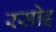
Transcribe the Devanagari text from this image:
रसोइ